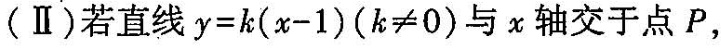
(Ⅱ)若直线$$y = k ( x - 1 )$$($$k ≠ 0$$)与x轴交于点P，